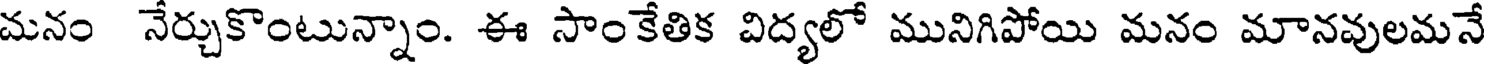
మనం నేర్చుకొంటున్నాం. ఈ సాంకేతిక విద్యలో మునిగిపోయి మనం మానవులమనే